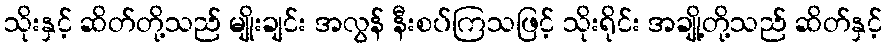
သိုးနှင့် ဆိတ်တို့သည် မျိုးချင်း အလွန် နီးစပ်ကြသဖြင့် သိုးရိုင်း အချို့တို့သည် ဆိတ်နှင့်